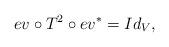
LaTeX: \begin{align*}ev \circ T^2 \circ ev^{\ast}=Id_V, \end{align*}